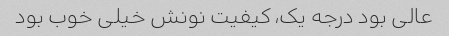
عالی بود درجه یک، کیفیت نونش خیلی خوب بود